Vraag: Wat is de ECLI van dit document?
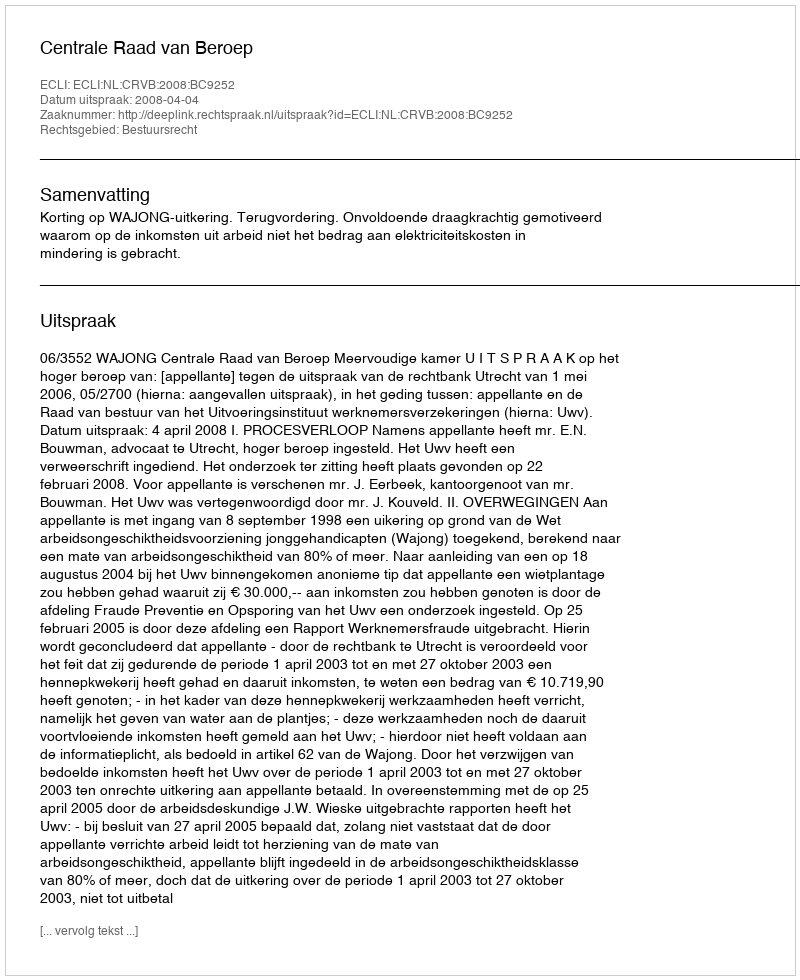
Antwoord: ECLI:NL:CRVB:2008:BC9252